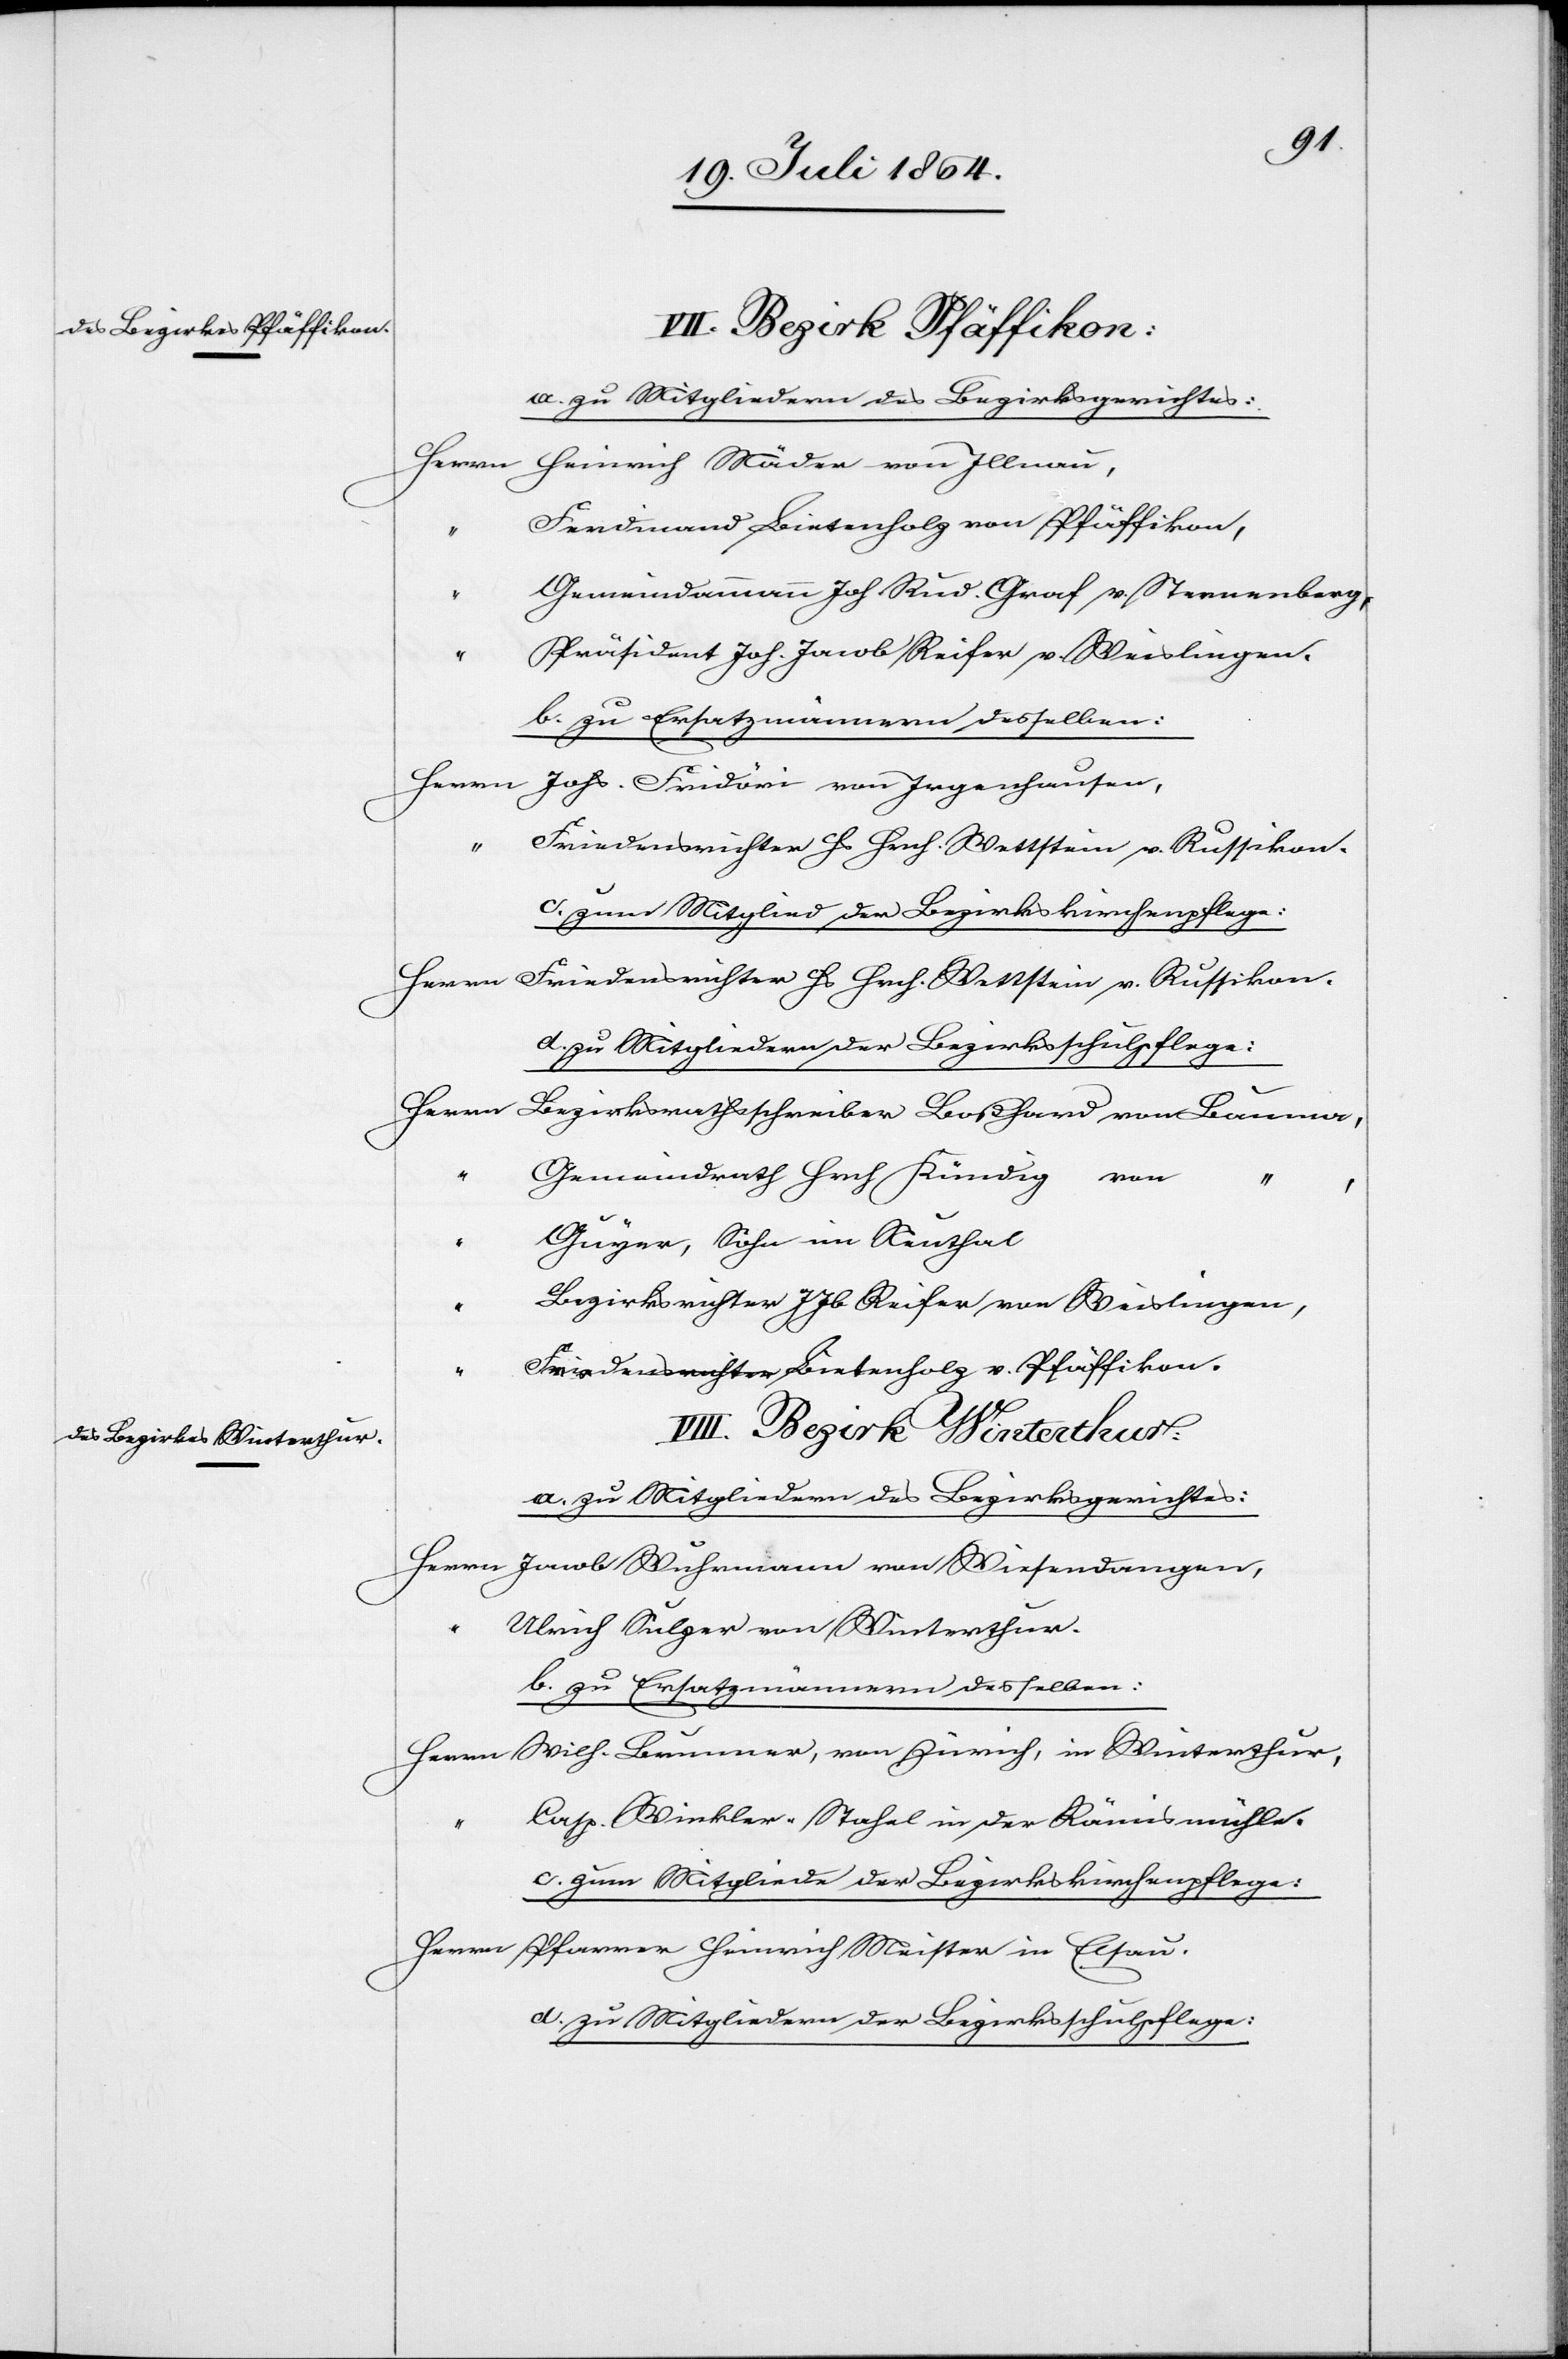
VII. Bezirk Pfäffikon:
a. zu Mitgliedern des Bezirksgerichtes:
Herr¬
n	Heinrich Mäder von Illnau,
erdinand Bietenholz von Pfäffikon,
“		Gemeindammann Joh Rud. Graf v. Sternenberg,
“		Präsident Joh. Jacob Reifer v. Weislingen.
b. zu Ersatzmännern desselben:
Herrn	Johs. Fridöri von Irgenhausen
riedensrichter Hs Hrch. Wettstein v. Russikon.
c. zum Mitglied der Bezirkskirchenpflege:
Herrn	Friedensrichter Hs Hrch. Wettstein v. Russikon.
d. zu Mitgliedern der Bezirksschulpflege:
Herrn	Bezirksrathsschreiber Boßhard von Bauma,
emeindrath Hrch Kündig von
“
,
“		Gujer, Sohn im Neuthal
ezirksrichter J Jb Reifer von Weislingen,
riedensrichter Bietenholz v. Pfäffikon.
“		C¬
VIII. Bezirk Winterthur:
a. zu Mitgliedern des Bezirksgerichtes:
acob Wuhrmann von Wiesendangen,
lrich Sulzer von Winterthur.
b. zu Ersatzmännern desselben:
ilh. Brunner, von Zürich, in Winterthur,
asp. Winkler-Stahel in der Rämismühle.
c. zum Mitgliede der Bezirkskirchenpflege:
Herrn	Pfarrer Heinrich Meister in Elsau.
d. zu Mitgliedern der Bezirksschulpflege: